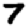
Digit: 7